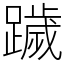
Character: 䠩